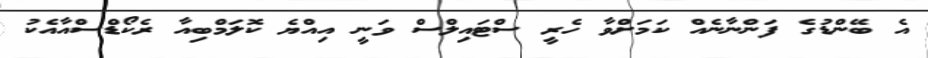
އެ ބޭންޑުގެ ފަންނާނެއް ކަމަށްވާ ހެރީ ސްޓައިލްސް ވަނީ އިއްޔެ ކޮލަމްބިއާ ރެކޯޑްސްއާއެކު